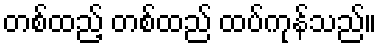
တစ်ထည့် တစ်ထည် ထပ်ကုန်သည်။